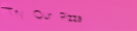
Try Our Pizza